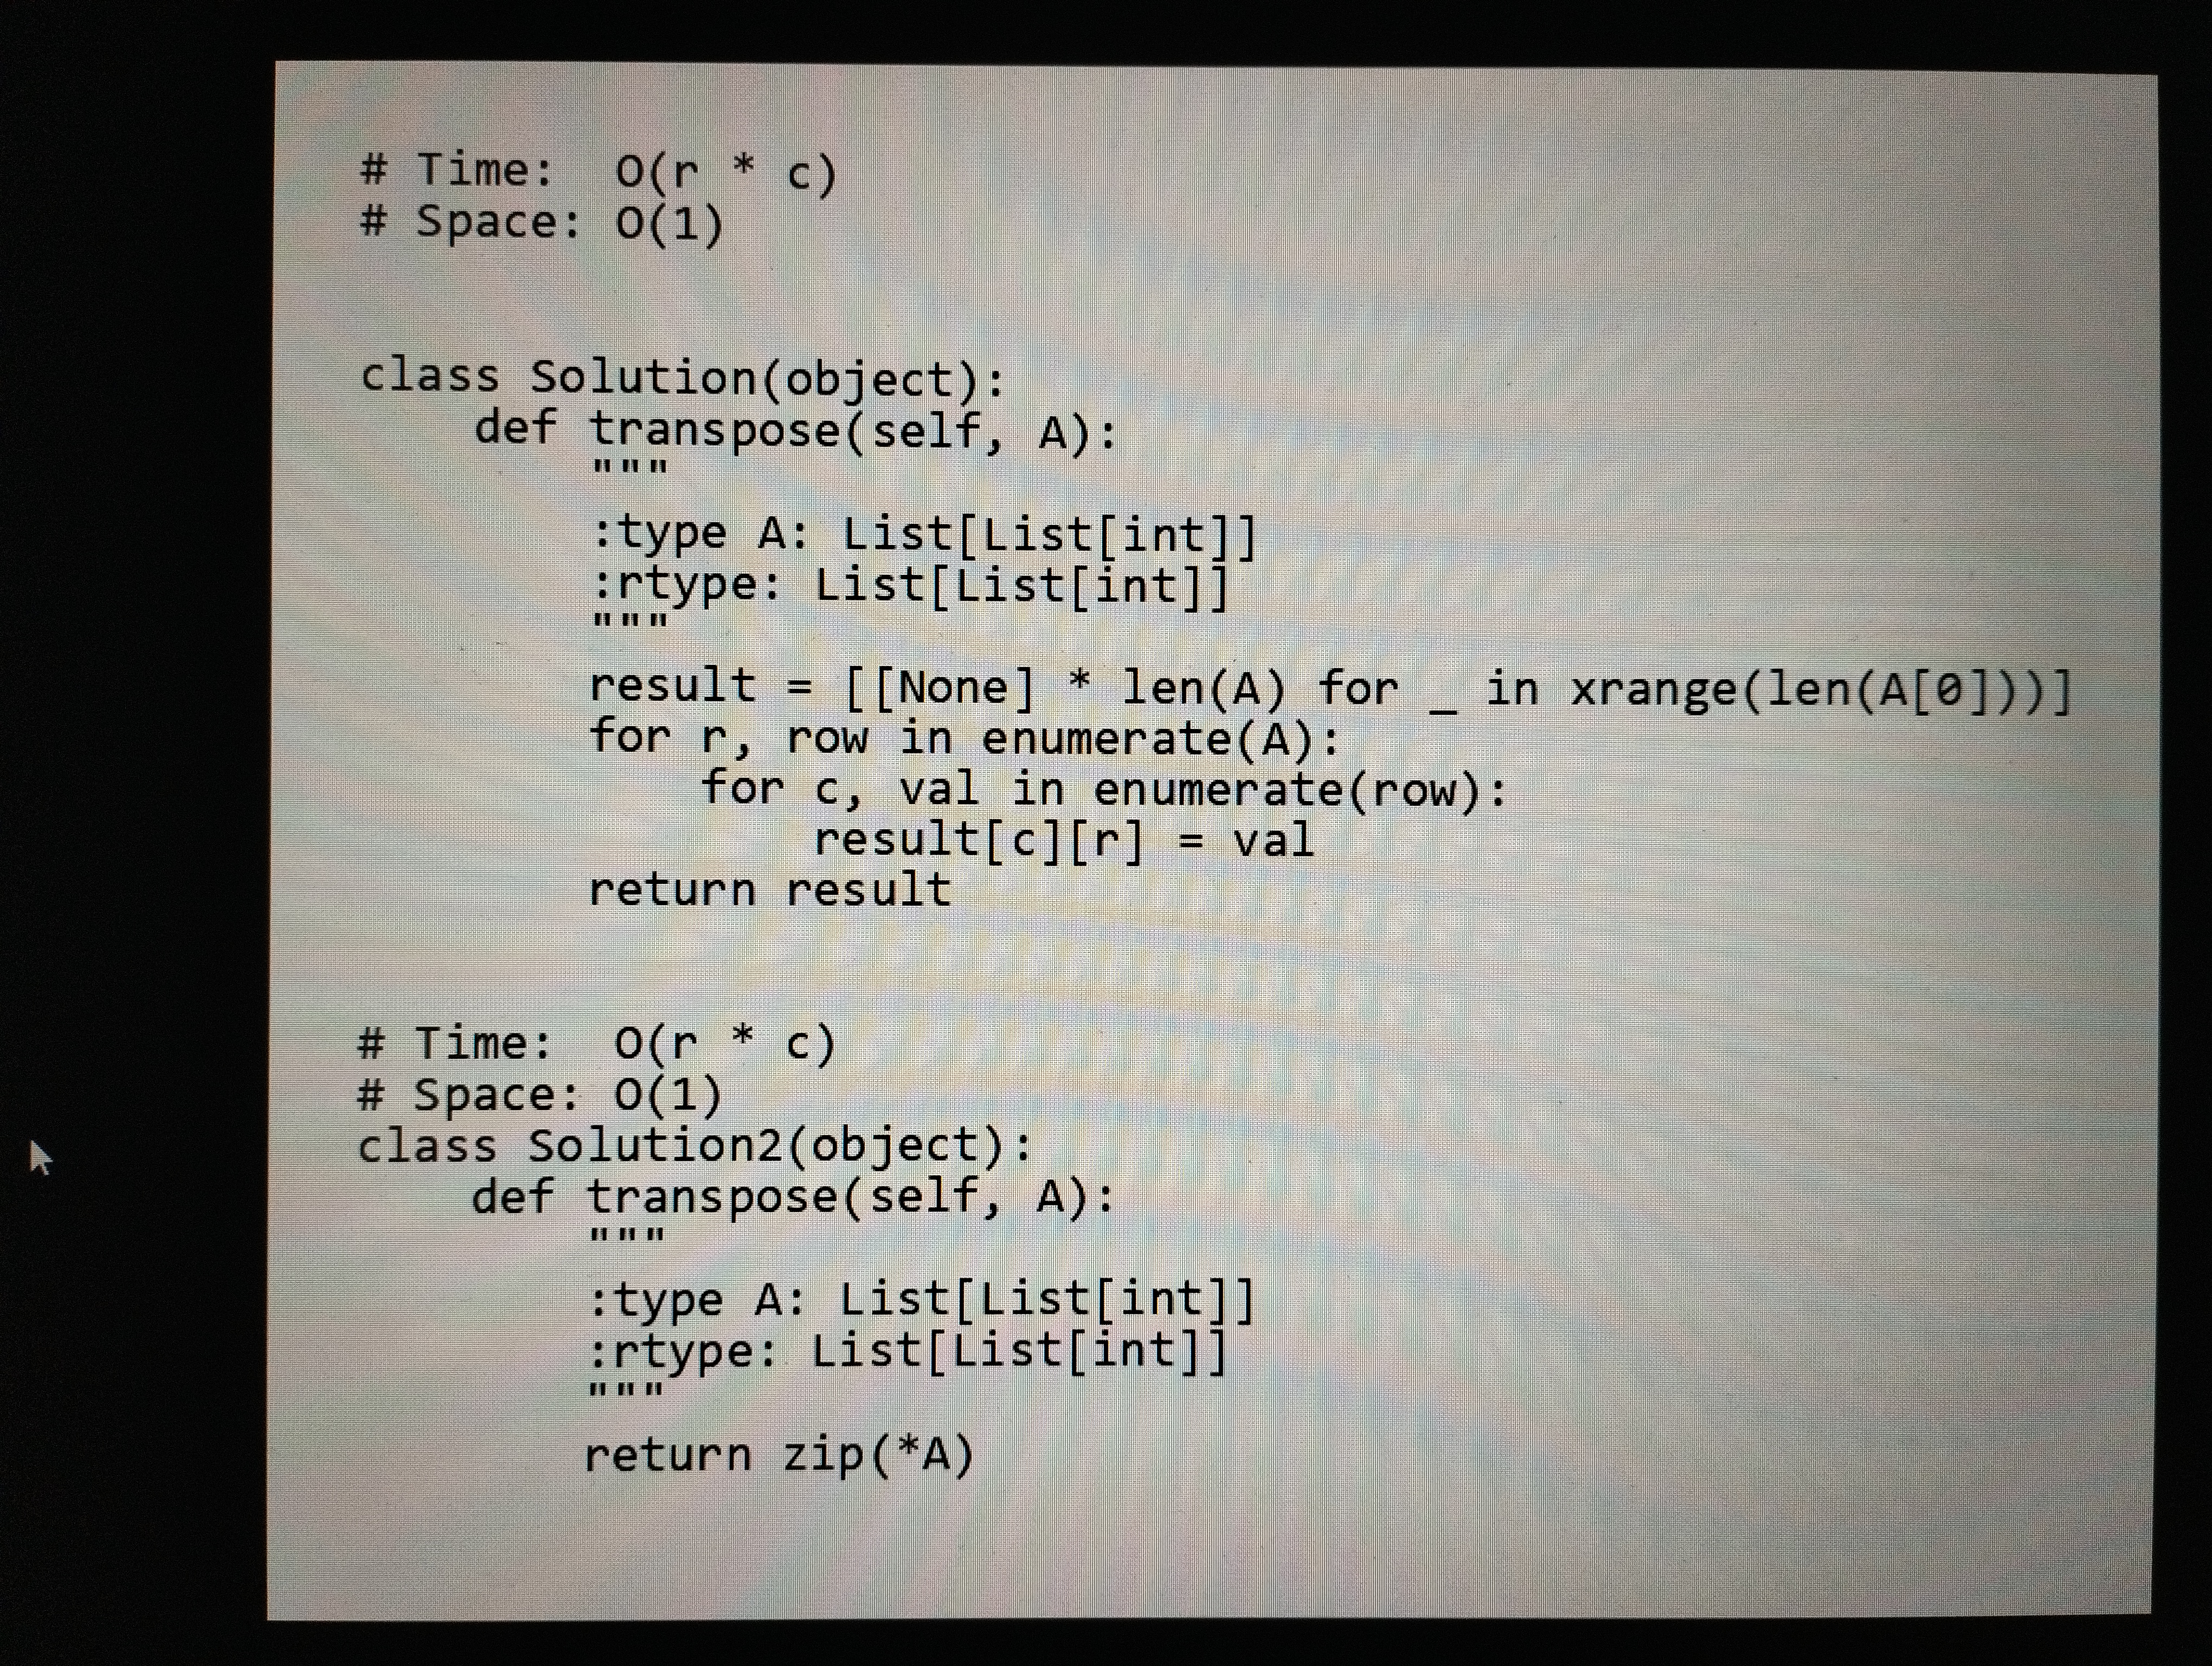
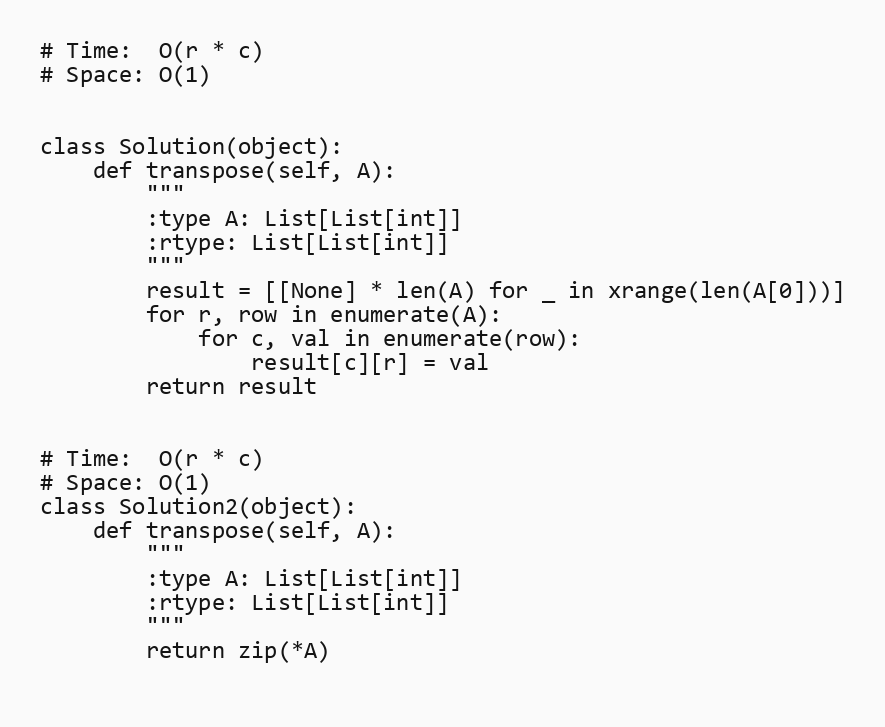
# Time:  O(r * c)
# Space: O(1)

class Solution(object):
    def transpose(self, A):
        """
        :type A: List[List[int]]
        :rtype: List[List[int]]
        """
        result = [[None] * len(A) for _ in xrange(len(A[0]))]
        for r, row in enumerate(A):
            for c, val in enumerate(row):
                result[c][r] = val
        return result

# Time:  O(r * c)
# Space: O(1)
class Solution2(object):
    def transpose(self, A):
        """
        :type A: List[List[int]]
        :rtype: List[List[int]]
        """
        return zip(*A)